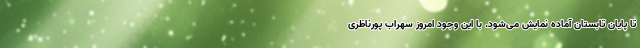
تا پایان تابستان آماده نمایش می‌شود. با این وجود امروز سهراب پورناظری